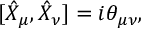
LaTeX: [ \hat { X } _ { \mu } , \hat { X } _ { \nu } ] = i \theta _ { \mu \nu } ,